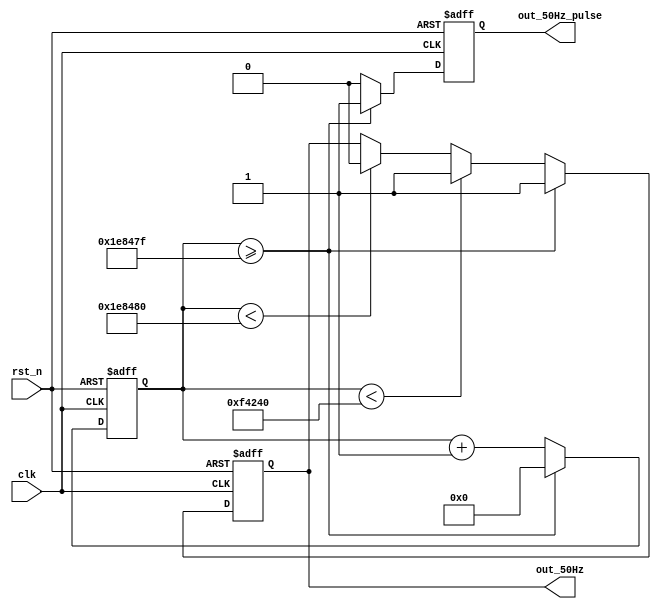
module clock_50Hz(clk,rst_n,out_50Hz,out_50Hz_pulse);
input clk,rst_n;
output reg out_50Hz,out_50Hz_pulse;
reg [31:0] counter;
always @ (posedge clk or negedge rst_n)
    if (!rst_n) begin
        out_50Hz_pulse <= 0;
        out_50Hz <= 0;
        counter <= 0;
    end
    else begin   
        if (counter >= 32'd1_999_999) begin
            counter <= 0;
            out_50Hz_pulse <= 1;
            out_50Hz <= 1;
        end
        else begin
            if (counter < 32'd1_000_000)        out_50Hz <= 1;
            else if (counter < 32'd2_000_000)   out_50Hz <= 0;
            counter <= counter + 1;
            out_50Hz_pulse <= 0;
        end
    end
endmodule